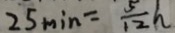
2 5 \min = \frac { 5 } { 1 2 } h